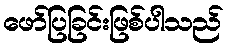
ဖော်ပြခြင်းဖြစ်ပါသည်